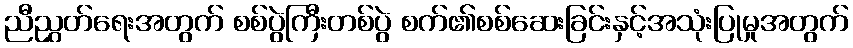
ညီညွှတ်ရေးအတွက် စစ်ပွဲကြီးတစ်ပွဲ စက်၏စစ်ဆေးခြင်းနှင့်အသုံးပြုမှုအတွက်